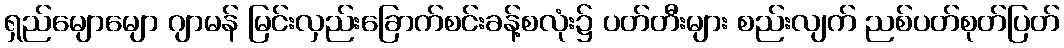
ရှည်မျောမျော ဂျာမန် မြင်းလှည်းခြောက်စင်းခန့်စလုံး၌ ပတ်တီးများ စည်းလျက် ညစ်ပတ်စုတ်ပြတ်